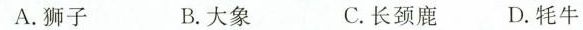
A.狮子 B.大象 C.长颈鹿 D.牦牛